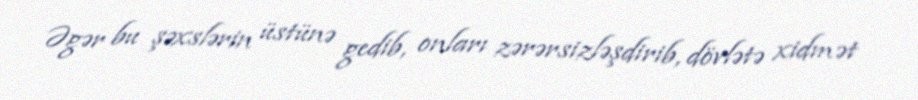
Əgər bu şəxslərin üstünə gedib, onları zərərsizləşdirib, dövlətə xidmət